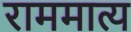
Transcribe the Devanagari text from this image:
राममात्य